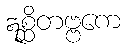
ဣစ္ဆိတဗ္ဗကေ